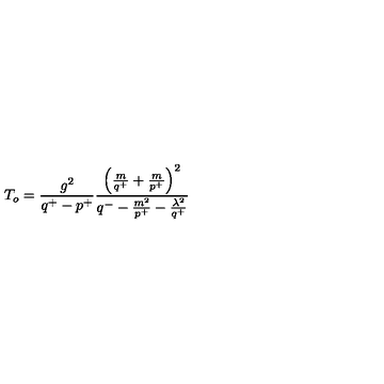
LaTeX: T _ { o } = \frac { g ^ { 2 } } { q ^ { + } - p ^ { + } } \frac { \left( \frac { m } { q ^ { + } } + \frac { m } { p ^ { + } } \right) ^ { 2 } } { q ^ { - } - \frac { m ^ { 2 } } { p ^ { + } } - \frac { \lambda ^ { 2 } } { q ^ { + } } }